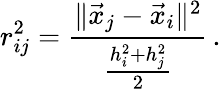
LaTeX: r_{ij}^{2}=\frac{\| \vec{x}_{j}-\vec{x}_{i}\| ^{2}}{\frac{h_{i}^{2}+h_{j}^{2}}{2}}\, .